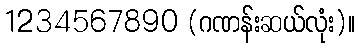
1234567890 (ဂဏန်းဆယ်လုံး)။